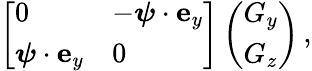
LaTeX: \begin{array}{r}{\left[\begin{array}{ll}{0}&{-\boldsymbol{\psi}\cdot{\mathbf e}_{y}}\\ {\boldsymbol{\psi}\cdot{\mathbf e}_{y}}&{0}\end{array}\right]\left(\begin{array}{l}{G_{y}}\\ {G_{z}}\end{array}\right)\, ,}\end{array}